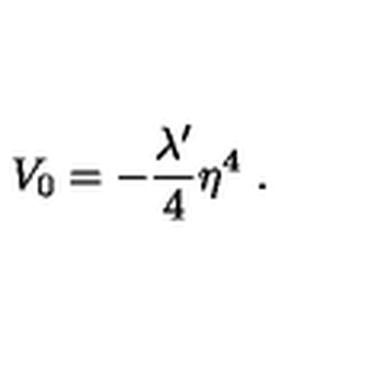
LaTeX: V _ { 0 } = - { \frac { \lambda ^ { \prime } } { 4 } } \eta ^ { 4 } \ .